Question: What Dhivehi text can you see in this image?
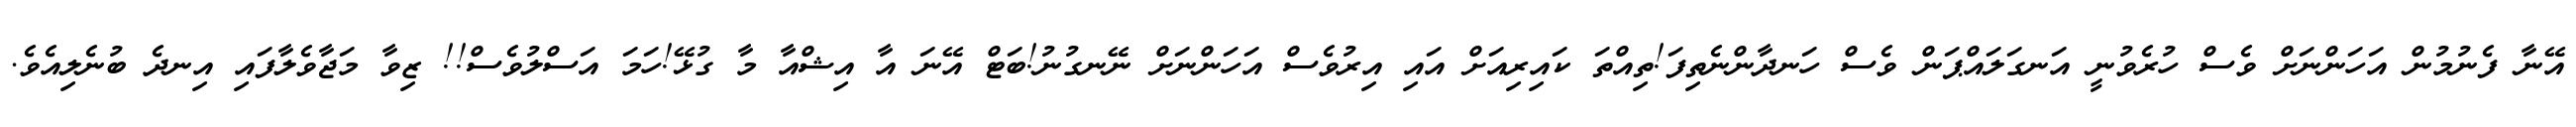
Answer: އޭނާ ފެނުމުން އަހަންނަށް ވެސް ހުރެވުނީ އަނގަލައްޕަން ވެސް ހަނދާންނެތިފަ!ތިއްތަ ކައިރިއަށް އައި އިރުވެސް އަހަންނަށް ނޭނގުނު!ބަޓް އޭނަ އާ އިޝްއާ މާ ގުޅޭ!ހަމަ އަސްލުވެސް!! ޒިވާ މަޖާވެލާފައި އިނދެ ބުނެލިއެވެ.